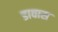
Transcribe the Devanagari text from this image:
डावास